system: You are a helpful assistant.
user:
Analyze the provided spectrum to determine if it is a **Carbon Star (C-type)**.

- **Key Visual Indicators of Carbon Star:**
    - **(Primary):** Strong molecular absorption from **C₂ (diatomic carbon) "Swan Bands."** This is the **defining feature** of a carbon star.
        - **(Key Bandheads):** Sharp absorption edges are visible at approximately $5635$ Å, $5165$ Å (the strongest band), and $4737$ Å.
        - **(Line Profile):** Creates a distinct **"saw-tooth"** pattern. The key morphology is a sharp, steep bandhead on the **red (long-wavelength) side**, which then gradually tapers off (i.e., flux recovers) towards the **blue (short-wavelength) side**. *(This is the direct opposite of the TiO bands seen in M-type stars)*.

    - **(Secondary):** Intense **CN (cyanogen)** molecular absorption bands.
        - **(Key Bandheads):** Located in the blue and violet regions of the spectrum (e.g., near $4215$ Å and $3883$ Å).
        - **(Morphology):** These bands are extremely broad and act as a "blanket," absorbing the vast majority of blue and violet light. This creates a characteristic **"cliff"** or **"steep drop-off"** in the spectrum's flux at short wavelengths.

    - **(Key Confirmation):** Strong **CH absorption band (G-band)**.
        - **(Key Bandhead):** Located around $4300$ Å. The contribution from CH molecules to this band is exceptionally strong.

    - **(Overall Spectrum):**
        - The continuum is severely "chopped up" by these deep molecular bands, especially C₂, rather than appearing as a smooth curve.
        - Due to the heavy CN and C₂ absorption in the blue-green, the vast majority of the star's flux is concentrated in the red part of the spectrum, giving the star its characteristic deep red color.

Think first, call **spectral_visualization_tool** if needed to examine features in detail, then provide your final answer. Your response must adhere to the following strict rules:
1.  **Overall Structure:** Your response must follow the format `<think>...</think> <tool_call>...</tool_call> (if a tool is used) <answer>...</answer>`.
2.  **Tool Usage Constraint:** You may only make **one** tool call per turn.
3.  **Final Answer Format:** In the `<answer>` tag, your conclusion must be inside a `\boxed{}` command (e.g., `\boxed{YES}`), followed by your justification.

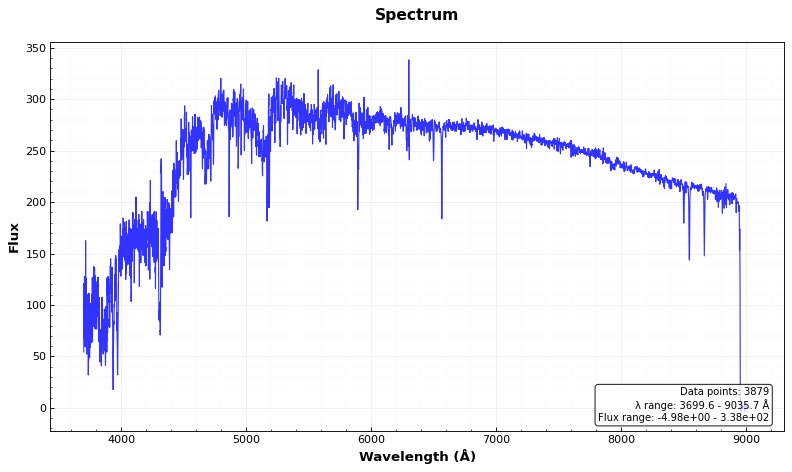
Answer: YES